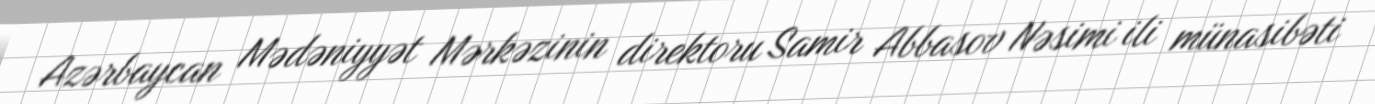
Azərbaycan Mədəniyyət Mərkəzinin direktoru Samir Abbasov Nəsimi ili münasibəti